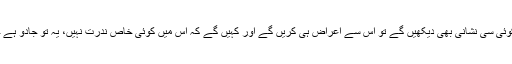
آگے فرمایا گیا ہے کہ یہ کوئی سی نشانی بھی دیکھیں گے تو اس سے اعراض ہی کریں گے اور کہیں گے کہ اس میں کوئی خاص ندرت نہیں، یہ تو جادو ہے جو پہلے سے چلا آ رہا ہے۔